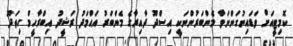
ކޮމިޓީއަށް ވަޑައިނުގަންނަވާ މެންބަރުންނަކީ އިސްދޫ ދާއިރާގެ މެންބަރު އަޙްމަދު ރަޝީދު އިބްރާހީމް ހިތަދޫ